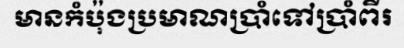
មានកំប៉ុងប្រមាណប្រាំទៅប្រាំពីរ